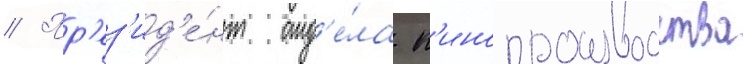
// Пр'ез'ид'е́нт отд'е́ла к'инопроизводства